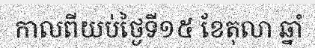
កាលពីយប់ថ្ងៃទី១៥ ខែតុលា ឆ្នាំ